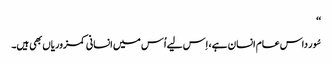
‘‘
سُور داس عام انسان ہے، اِس لیے اُس میں انسانی کمزوریاں بھی ہیں۔